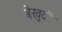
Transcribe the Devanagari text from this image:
बेखुदी